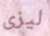
ليزى